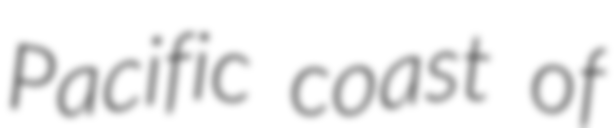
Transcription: Pacific coast of